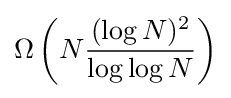
\Omega \left(N{{(\log N)^{2}} \over {\log \log N}}\right)